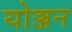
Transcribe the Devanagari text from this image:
योञ्जन